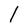
Character: l